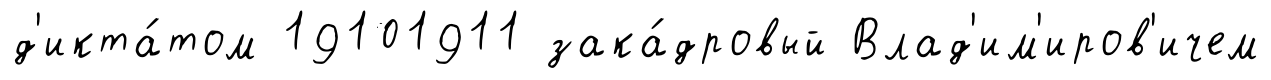
д'икта́том 19101911 зака́дровый Влад'им'иров'ичем